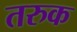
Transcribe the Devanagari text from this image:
तरुक